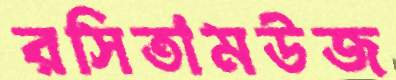
রসিতামউজ